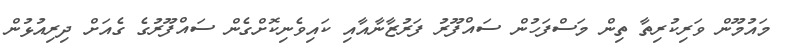
މައުމޫން ވަރިކުރިތާ ތިން މަސްފަހުން ސައްފޫރު ފަރުޒާނާއާއި ކައިވެނިކޮށްގެން ސައްފޫރުގެ ގެއަށް ދިރިއުޅުން